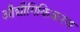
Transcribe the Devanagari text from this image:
औद्यौगिकिकरण